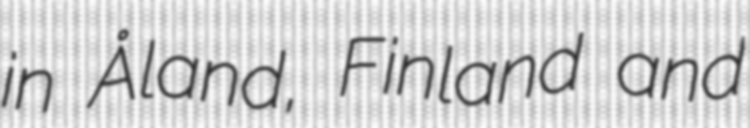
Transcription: in Åland, Finland and